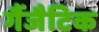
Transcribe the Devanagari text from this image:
गैंजैटिक